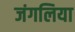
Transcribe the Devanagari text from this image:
जंगलिया